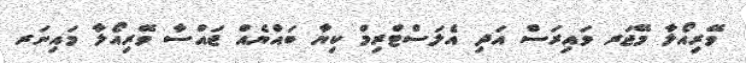
ވޭރިއޯލާ މޭޖަރ ވައިރަސް އަދި އެލަސްޓްރިމް ކިޔާ ބައްޔެއް ޖައްސާ ވޭރިއޯލާ މައިނަރ